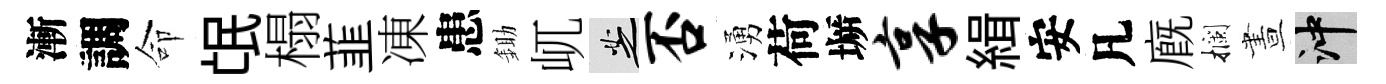
漸調命氓榻韮凍患鋤屼芝否湧荷󶱲享緝安凡廐攔晝冲